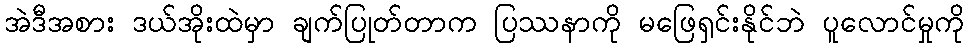
အဲဒီအစား ဒယ်အိုးထဲမှာ ချက်ပြုတ်တာက ပြဿနာကို မဖြေရှင်းနိုင်ဘဲ ပူလောင်မှုကို